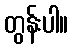
တွန်းပါ။